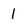
Character: 1